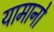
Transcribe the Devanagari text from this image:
यामानो